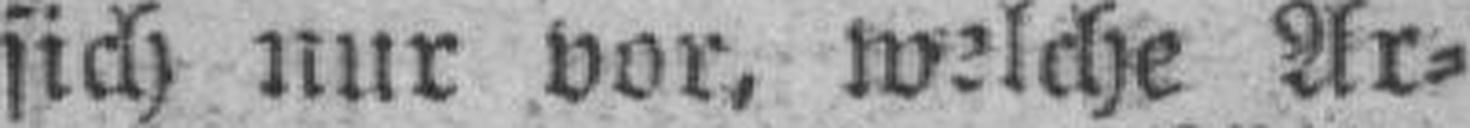
sich nur vor, welche Ar¬